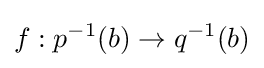
f:p^{-1}(b)\to q^{-1}(b)